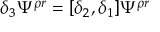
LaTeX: \delta _ { 3 } \Psi ^ { \rho r } = [ \delta _ { 2 } , \delta _ { 1 } ] \Psi ^ { \rho r }